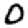
Digit: 0